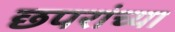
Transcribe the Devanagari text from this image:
छपरांच्या